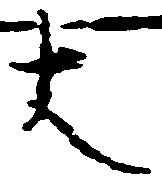
大